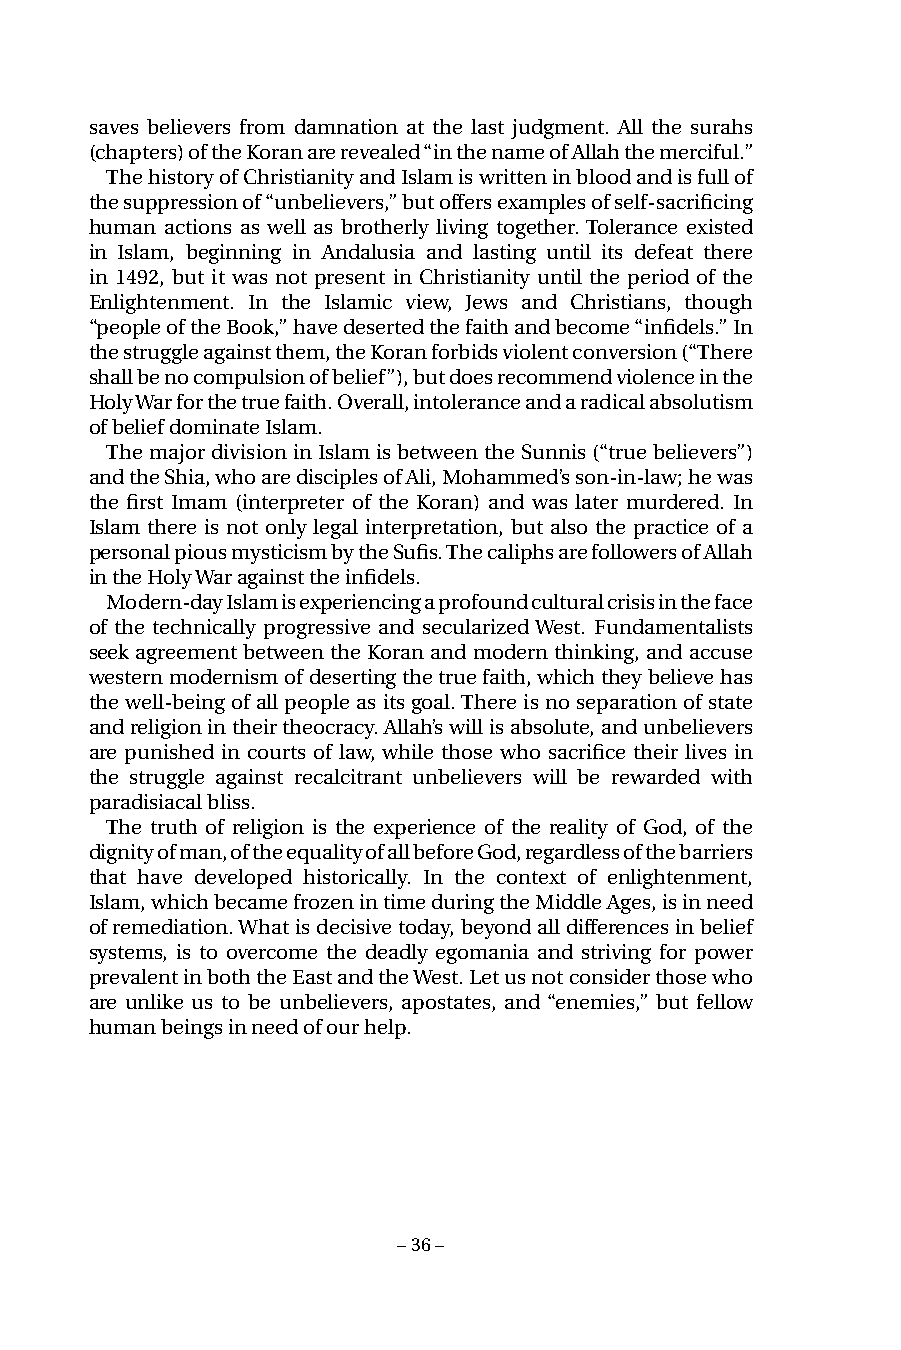
saves believers from damnation at the last judgment. All the surahs
 (chapters) of the Koran are revealed “in the name of Allah the merciful.”
 The history of Christianity and Islam is written in blood and is full of
 the suppression of “unbelievers,” but offers examples of self-sacrificing
 human actions as well as brotherly living together. Tolerance existed
 in Islam, beginning in Andalusia and lasting until its defeat there
 in 1492, but it was not present in Christianity until the period of the
 Enlightenment. In the Islamic view, Jews and Christians, though
 “people of the Book,” have deserted the faith and become “infidels.” In
 the struggle against them, the Koran forbids violent conversion (“There
 shall be no compulsion of belief”), but does recommend violence in the
 Holy War for the true faith. Overall, intolerance and a radical absolutism
 of belief dominate Islam.
 The major division in Islam is between the Sunnis (“true believers”)
 and the Shia, who are disciples of Ali, Mohammed’s son-in-law; he was
 the first Imam (interpreter of the Koran) and was later murdered. In
 Islam there is not only legal interpretation, but also the practice of a
 personal pious mysticism by the Sufis. The caliphs are followers of Allah
 in the Holy War against the infidels.
 Modern-day Islam is experiencing a profound cultural crisis in the face
 of the technically progressive and secularized West. Fundamentalists
 seek agreement between the Koran and modern thinking, and accuse
 western modernism of deserting the true faith, which they believe has
 the well-being of all people as its goal. There is no separation of state
 and religion in their theocracy. Allah’s will is absolute, and unbelievers
 are punished in courts of law, while those who sacrifice their lives in
 the struggle against recalcitrant unbelievers will be rewarded with
 paradisiacal bliss.
 The truth of religion is the experience of the reality of God, of the
 dignity of man, of the equality of all before God, regardless of the barriers
 that have developed historically. In the context of enlightenment,
 Islam, which became frozen in time during the Middle Ages, is in need
 of remediation. What is decisive today, beyond all differences in belief
 systems, is to overcome the deadly egomania and striving for power
 prevalent in both the East and the West. Let us not consider those who
 are unlike us to be unbelievers, apostates, and “enemies,” but fellow
 human beings in need of our help.
 – 36 –